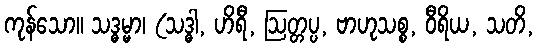
ကုန်သော။ သဒ္ဓမ္မာ၊ (သဒ္ဓါ, ဟိရီ, ဩတ္တပ္ပ, ဗာဟုသစ္စ, ဝီရိယ, သတိ,